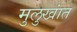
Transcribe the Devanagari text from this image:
मुलुखांत